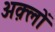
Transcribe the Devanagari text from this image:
अक़्लों